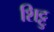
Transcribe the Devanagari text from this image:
शिट्टु